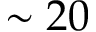
\sim 2 0